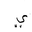
Letter: _ya